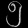
Digit: ၅